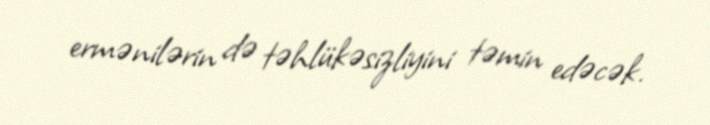
ermənilərin də təhlükəsizliyini təmin edəcək.